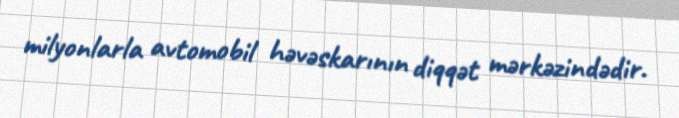
milyonlarla avtomobil həvəskarının diqqət mərkəzindədir.